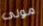
مولى